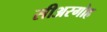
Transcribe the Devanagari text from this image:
सीअरगोह